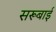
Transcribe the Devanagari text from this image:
सरूबाई